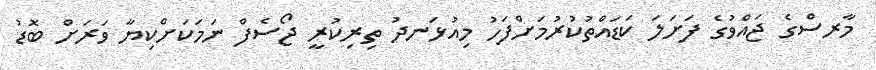
މާރސްގެ ޖައްވުގެ ފަށަލަ ކަޑައްތުކުރުމަށްފަހު މިއުޅަނދު ތިރިކުރީ ޖޯސެފް ނަމަކަށްކިޔާ ވަރަށް ބޮޑު